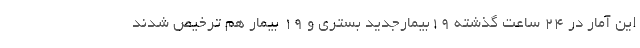
این آمار در ۲۴ ساعت گذشته ۱۹بیمارجدید بستری و ۱۹ بیمار هم ترخیص شدند